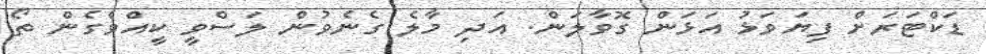
ޑަކްޓަރަށް ފިޔަވަޅު އަޅަން ގޮވާލަން. އަދި މާލެ ގެނެވުން ލަސްވީ ކީއްވެގެން ތޯ